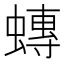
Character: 𧐕